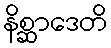
နိစ္ဆာဒေတိ